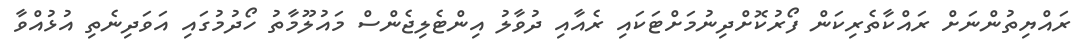
ރައްޔިތުންނަށް ރައްކާތެރިކަން ފޯރުކޮށްދިނުމަށްޓަކައި ރެއާއި ދުވާލު އިންޓެލިޖެންސް މައުލޫމާތު ހޯދުމުގައި އަވަދިނެތި އުޅުއްވާ